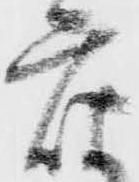
座